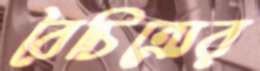
বৈচিত্র্যের